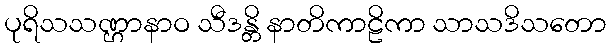
ပုရိသသဏ္ဌာနာဝ သီဒန္တိ နာတိကာဠိကာ သာသဒိသတော